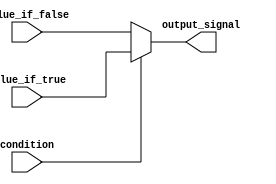
module conditional_assignment (
    input wire condition,      // Input condition signal
    input wire value_if_true,  // Input value to assign if condition is true
    input wire value_if_false, // Input value to assign if condition is false
    output wire output_signal   // Output signal that gets assigned based on the condition
);

// Continuous assignment using the ternary operator
assign output_signal = condition ? value_if_true : value_if_false;

endmodule